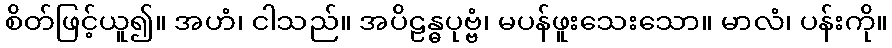
စိတ်ဖြင့်ယူ၍။ အဟံ၊ ငါသည်။ အပိဠန္ဓပုဗ္ဗံ၊ မပန်ဖူးသေးသော။ မာလံ၊ ပန်းကို။